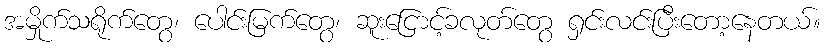
အမှိုက်သရိုက်တွေ၊ ပေါင်းမြက်တွေ၊ ဆူးငြောင့်ခလုတ်တွေ ရှင်းလင်းပြီးတော့နေတယ်။